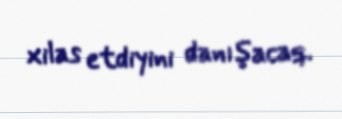
xilas etdiyini danışacaq.